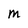
Character: M